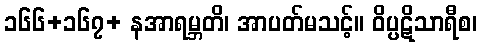
၁၆၆+၁၆၇+ နအာရမ္ဘတိ၊ အာပတ်မသင့်။ ဝိပ္ပဋိသာရီစ၊